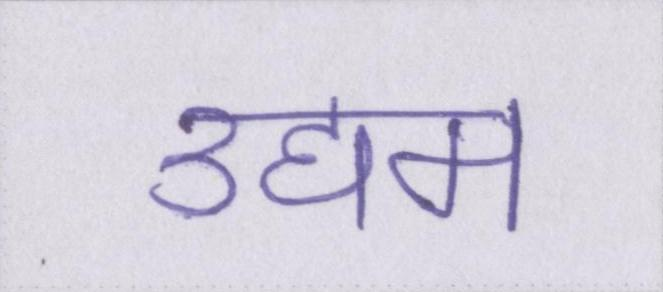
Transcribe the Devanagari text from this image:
उद्यम